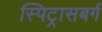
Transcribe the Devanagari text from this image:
स्पिट्रासबर्ग